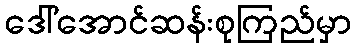
ဒေါ်အောင်ဆန်းစုကြည်မှာ